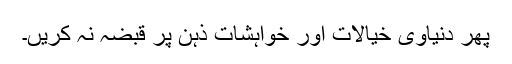
پھر دنیاوی خیالات اور خواہشات ذہن پر قبضہ نہ کریں۔